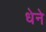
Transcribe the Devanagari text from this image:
धेने